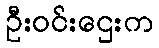
ဦးဝင်းဌေးက